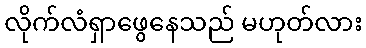
လိုက်လံရှာဖွေနေသည် မဟုတ်လား